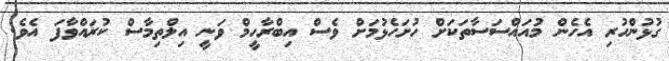
ގުޅުންހުރި އެހެން މުއައްސަސާތަކަށް ހުށަހެޅުމަށް ވެސް އިބްރާހީމް ވަނީ އިލްތިމާސް ކުރައްވާފަ އެވެ.